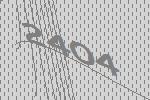
2404